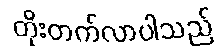
တိုးတက်လာပါသည်